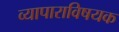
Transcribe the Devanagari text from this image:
व्यापाराविषयक